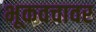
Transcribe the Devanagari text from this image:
भूकवचावर